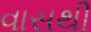
વાસથી